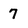
Character: 7